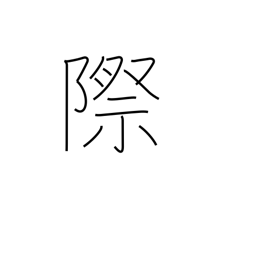
Meaning: indecent